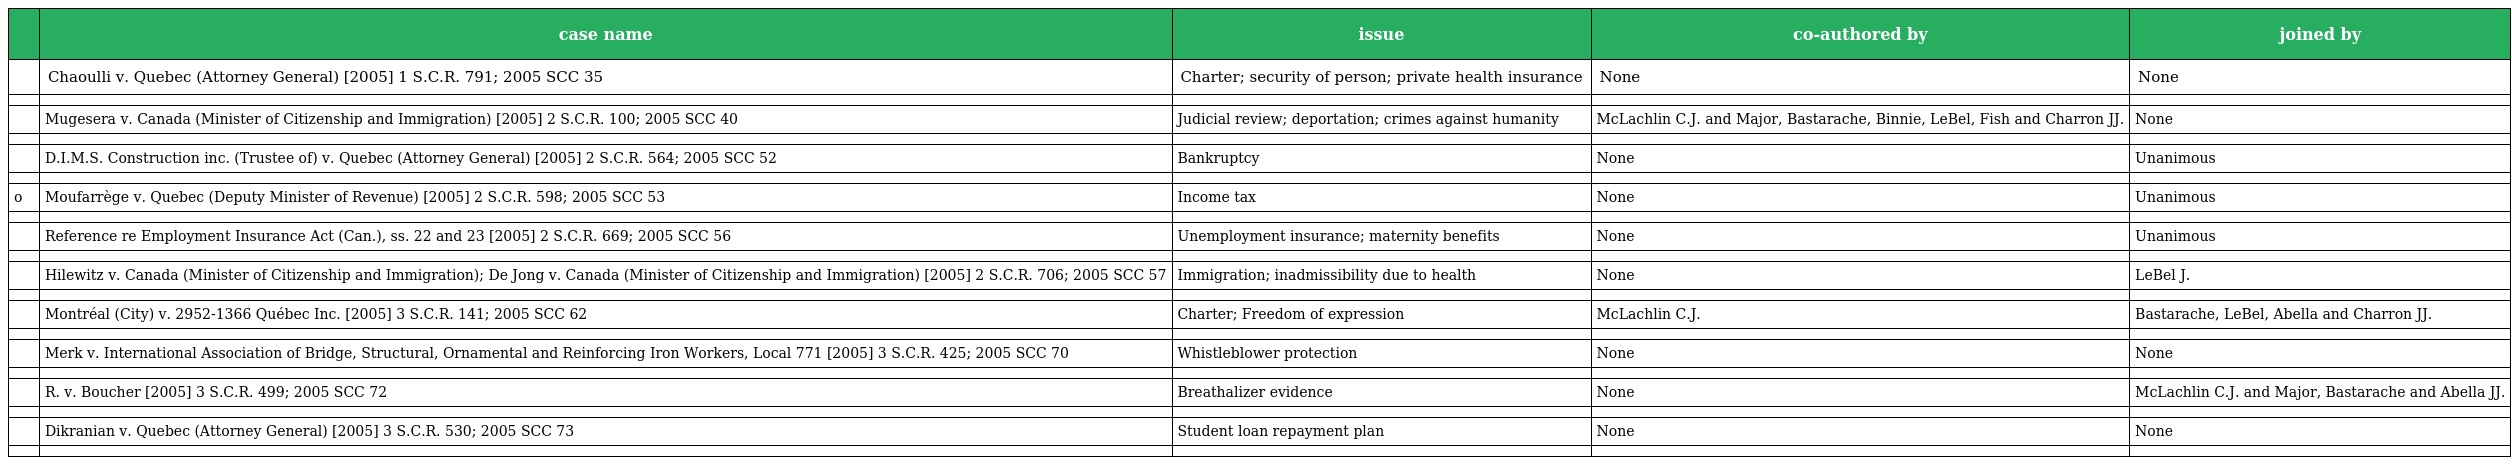
|  | case name | issue | co-authored by | joined by |
 | --- | --- | --- | --- | --- |
 |  | Chaoulli v. Quebec (Attorney General) [2005] 1 S.C.R. 791; 2005 SCC 35 | Charter; security of person; private health insurance | None | None |
 |  |  |  |  |  |
 |  | Mugesera v. Canada (Minister of Citizenship and Immigration) [2005] 2 S.C.R. 100; 2005 SCC 40 | Judicial review; deportation; crimes against humanity | McLachlin C.J. and Major, Bastarache, Binnie, LeBel, Fish and Charron JJ. | None |
 |  |  |  |  |  |
 |  | D.I.M.S. Construction inc. (Trustee of) v. Quebec (Attorney General) [2005] 2 S.C.R. 564; 2005 SCC 52 | Bankruptcy | None | Unanimous |
 |  |  |  |  |  |
 | o | Moufarrège v. Quebec (Deputy Minister of Revenue) [2005] 2 S.C.R. 598; 2005 SCC 53 | Income tax | None | Unanimous |
 |  |  |  |  |  |
 |  | Reference re Employment Insurance Act (Can.), ss. 22 and 23 [2005] 2 S.C.R. 669; 2005 SCC 56 | Unemployment insurance; maternity benefits | None | Unanimous |
 |  |  |  |  |  |
 |  | Hilewitz v. Canada (Minister of Citizenship and Immigration); De Jong v. Canada (Minister of Citizenship and Immigration) [2005] 2 S.C.R. 706; 2005 SCC 57 | Immigration; inadmissibility due to health | None | LeBel J. |
 |  |  |  |  |  |
 |  | Montréal (City) v. 2952-1366 Québec Inc. [2005] 3 S.C.R. 141; 2005 SCC 62 | Charter; Freedom of expression | McLachlin C.J. | Bastarache, LeBel, Abella and Charron JJ. |
 |  |  |  |  |  |
 |  | Merk v. International Association of Bridge, Structural, Ornamental and Reinforcing Iron Workers, Local 771 [2005] 3 S.C.R. 425; 2005 SCC 70 | Whistleblower protection | None | None |
 |  |  |  |  |  |
 |  | R. v. Boucher [2005] 3 S.C.R. 499; 2005 SCC 72 | Breathalizer evidence | None | McLachlin C.J. and Major, Bastarache and Abella JJ. |
 |  |  |  |  |  |
 |  | Dikranian v. Quebec (Attorney General) [2005] 3 S.C.R. 530; 2005 SCC 73 | Student loan repayment plan | None | None |
 |  |  |  |  |  |